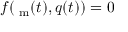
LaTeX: f ( \mathrm { \Phi } _ { \mathrm { m } } ( t ) , q ( t ) ) = 0